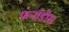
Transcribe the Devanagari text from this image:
फर्नाडीस